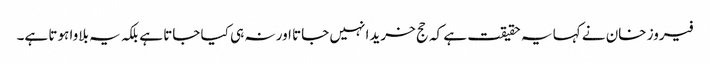
فیروز خان نے کہا یہ حقیقت ہے کہ حج خریدا نہیں جاتا اور نہ ہی کیا جاتا ہے بلکہ یہ بلاوا ہوتا ہے۔